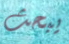
يبحث